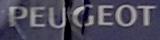
peugeot